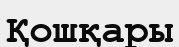
Қошқары